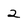
Character: 2